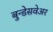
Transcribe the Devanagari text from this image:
बुन्डेसवेअर